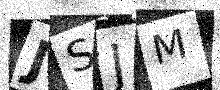
Text: JSJM